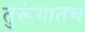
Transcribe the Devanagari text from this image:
तुरूंगातच